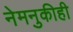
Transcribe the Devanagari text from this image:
नेमनुकीही